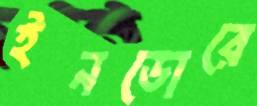
ইনডোরে